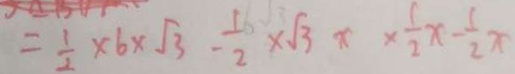
= \frac { 1 } { 2 } \times 6 \times \sqrt { 3 } - \frac { 1 } { 2 } \times \sqrt { 3 } x \times \frac { 1 } { 2 } x - \frac { 1 } { 2 } x